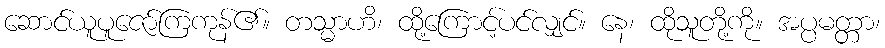
ဆောင်ယူပူဇော်ကြကုန်၏။ တသ္မာဟိ၊ ထို့ကြောင့်ပင်လျှင်။ နေ၊ ထိုသူတို့ကို။ အပ္ပမတ္တာ၊